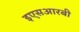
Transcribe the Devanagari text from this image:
इएसआरबी